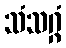
သံသဂ္ဂံ